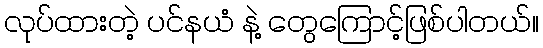
လုပ်ထားတဲ့ ပင်နယံ နဲ့ တွေကြောင့်ဖြစ်ပါတယ်။